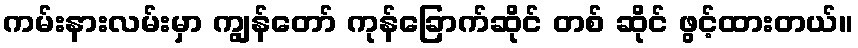
ကမ်းနားလမ်းမှာ ကျွန်တော် ကုန်ခြောက်ဆိုင် တစ် ဆိုင် ဖွင့်ထားတယ်။